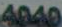
4040